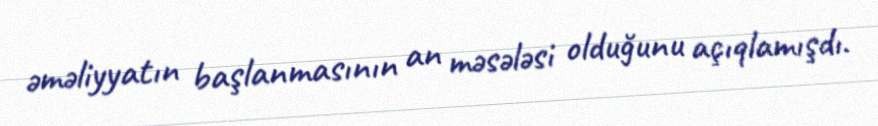
əməliyyatın başlanmasının an məsələsi olduğunu açıqlamışdı.